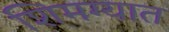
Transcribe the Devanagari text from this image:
शिमग्यात